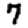
Digit: 7